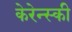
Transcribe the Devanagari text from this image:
केरेन्स्की